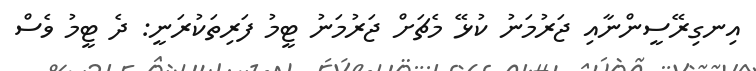
އިނގިރޭސީންނާއި ޖަރުމަނު ކުޅޭ މެޗަށް ޖަރުމަނު ޓީމު ފަރިތަކުރަނީ: ދެ ޓީމު ވެސް